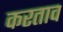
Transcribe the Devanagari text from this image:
करताव